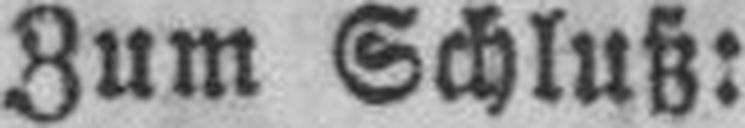
Zum Schluß: